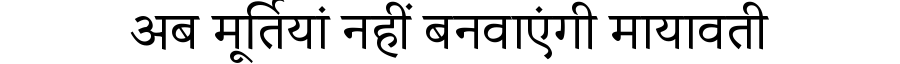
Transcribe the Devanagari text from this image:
अब मूर्तियां नहीं बनवाएंगी मायावती